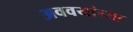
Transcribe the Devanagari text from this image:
अववयांच्या